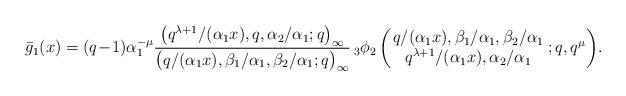
LaTeX: \begin{align*}\bar{g}_1(x) &= (q\!-\!1)\alpha_1^{-\mu}\frac{\big(q^{\lambda+1}/(\alpha_1 x), q, \alpha_2/\alpha_1;q\big)_{\infty}}{\big(q/(\alpha_1 x), \beta_1/\alpha_1, \beta_2/\alpha_1 ;q\big)_{\infty}} \,{}_3\phi_2 \left(\!\! \begin{array}{c} q/(\alpha_1 x), \beta_1/\alpha_1, \beta_2/\alpha_1\\ q^{\lambda+1}/(\alpha_1 x), \alpha_2/\alpha_1 \end{array}\! ;q,q^{\mu} \right)\! .\end{align*}